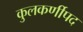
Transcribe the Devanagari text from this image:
कुलकर्णीपद